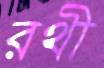
রথী